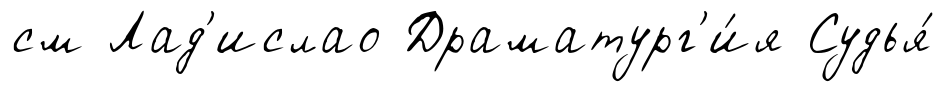
см Лад'ислао Драматург'и́я Судья́